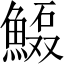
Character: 𲌻